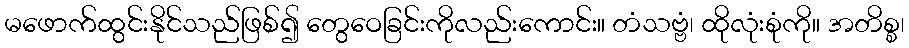
မဖောက်ထွင်းနိုင်သည်ဖြစ်၍ တွေဝေခြင်းကိုလည်းကောင်း။ တံသဗ္ဗံ၊ ထိုလုံးစုံကို။ အတိစ္စ၊